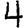
Digit: 4